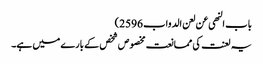
باب النھی عن لعن الدواب 2596)
یہ لعنت کی ممانعت مخصوص شخص کے بارے میں ہے۔